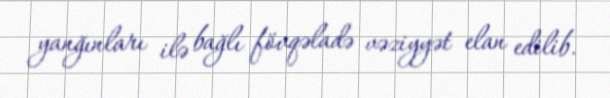
yanğınları ilə bağlı fövqəladə vəziyyət elan edilib.